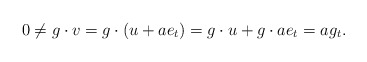
\begin{align*} 0\ne g\cdot v = g\cdot (u+ae_t) = g\cdot u+g\cdot ae_t = ag_t.\end{align*}